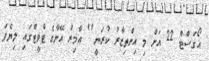
އޯގަސްޓް 22 އަށް މި އިންތިޒާރު ކުރަނީ'' އާމިރު އޭނާގެ ޓްވީޓްގައި ލިޔެފަ